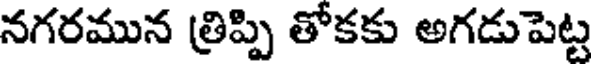
నగరమున త్రిప్పి తోకకు అగడుపెట్ట